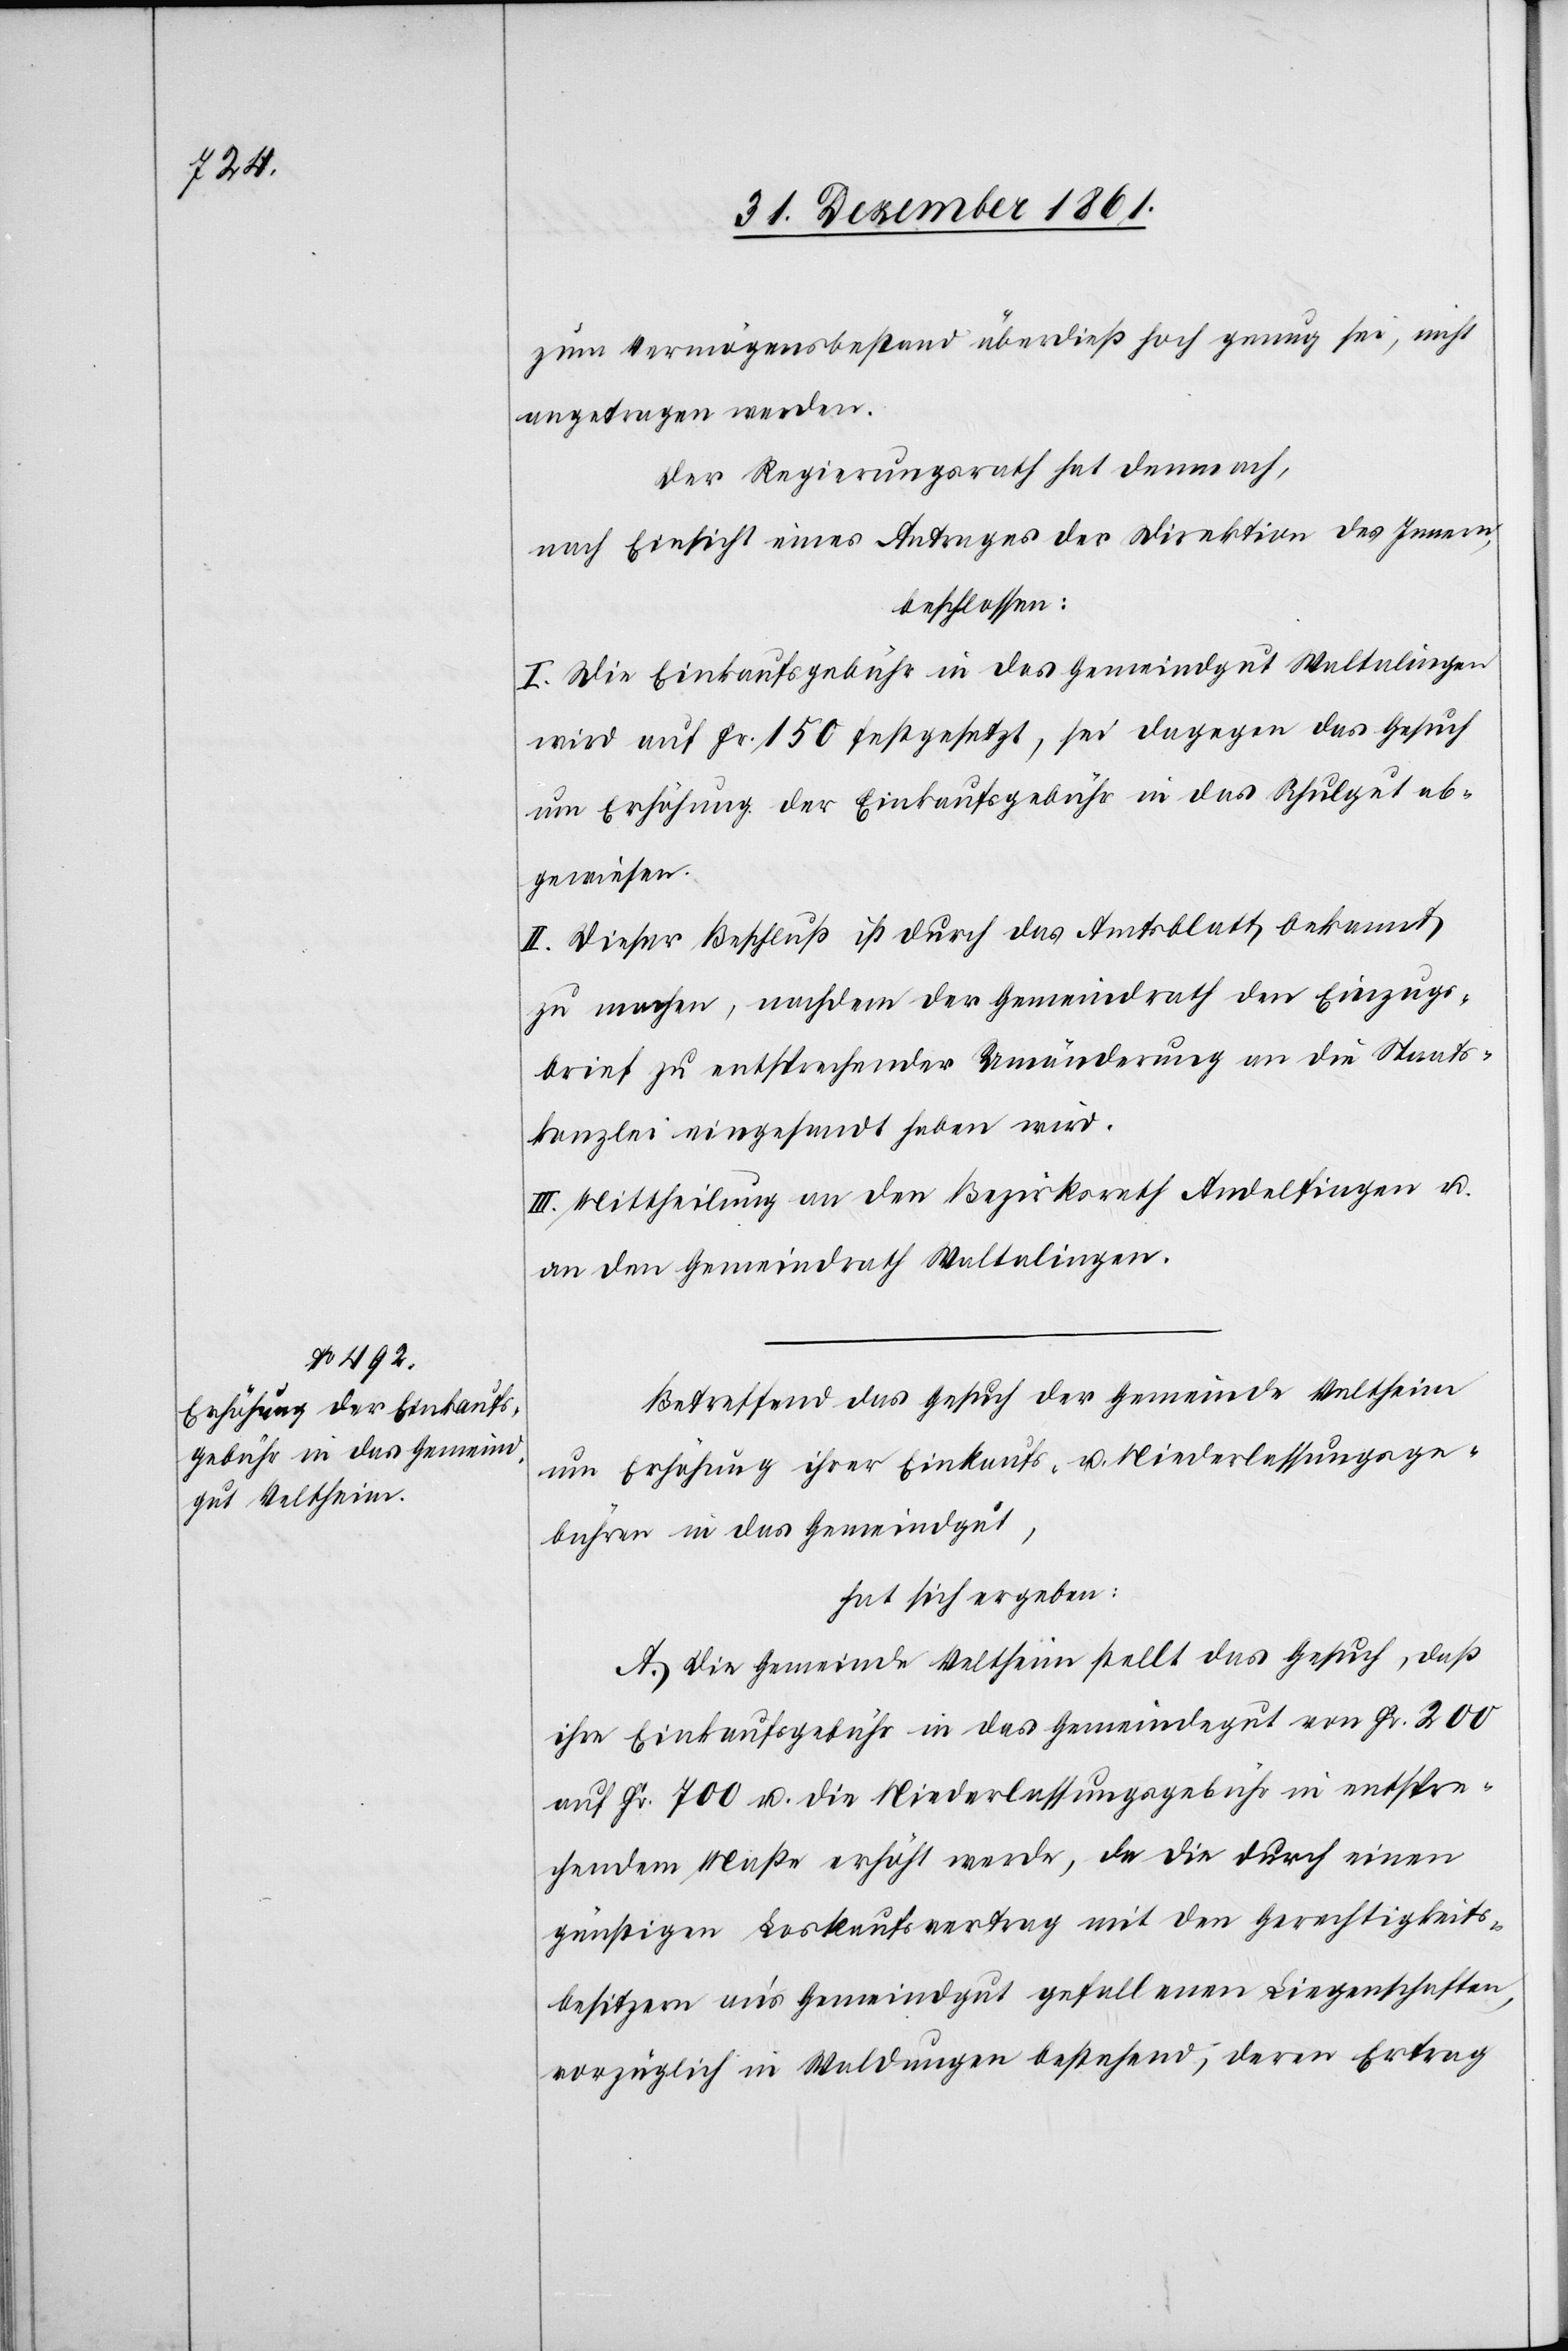
zum Vermögensstand überdieß hoch genug sei, nicht
angetragen werden.
Der Regierungsrath hat demnach,
nach Einsicht eines Antrages der Direktion des Innern,
beschlossen:
I. Die Einkaufsgebühr in das Gemeindgut Waltalingen
wird auf Fr. 150 festgesetzt, sei dagegen das Gesuch
um Erhöhung der Einkaufsgebühr in das Schulgut ab¬
gewiesen.
II. Dieser Beschluß ist durch das Amtsblatt bekannt
zu machen, nachdem der Gemeindrath den Einzugs¬
brief zu entsprechender Umänderung an die Staats¬
kanzlei eingesandt haben wird.
III. Mittheilung an den Bezirksrath Andelfingen u.
an den Gemeindrath Waltalingen.
Betreffend das Gesuch der Gemeinde Veltheim
um Erhöhung ihrer Einkaufs- u. Niederlaßungsge¬
bühren in das Gemeindgut,
hat sich ergeben:
A. Die Gemeinde Veltheim stellt das Gesuch, daß
ihre Einkaufsgebühr in das Gemeindegut von Fr 200
auf Fr 700 u. die Niederlaßungsgebühr in entspre¬
chendem Maße erhöht werde, da die durch einen
günstigen Loskaufsvertrag mit den Gerechtigkeits¬
besitzern an’s Gemeindgut gefallenen Liegenschaften,
vorzüglich in Waldungen bestehend, deren Ertrag